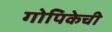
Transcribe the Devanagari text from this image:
गोपिकेची